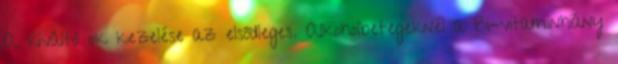
A kiváltó ok kezelése az elsődleges. Alkoholbetegeknél a B1-vitaminhiány